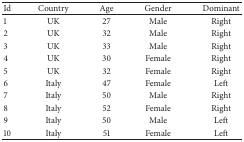
| Id | Country | Age | Gender | Dominant |
 | --- | --- | --- | --- | --- |
 | 1 | UK | 27 | Male | Right |
 | 2 | UK | 32 | Male | Right |
 | 3 | UK | 33 | Male | Right |
 | 4 | UK | 30 | Female | Right |
 | 5 | UK | 32 | Female | Right |
 | 6 | Italy | 47 | Female | Left |
 | 7 | Italy | 50 | Male | Right |
 | 8 | Italy | 52 | Female | Right |
 | 9 | Italy | 50 | Male | Left |
 | 10 | Italy | 51 | Female | Left |